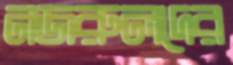
নজরুলদের